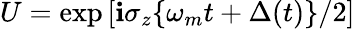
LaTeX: U=\exp\left[\mathbf{i}\sigma_{z}\{ \omega_{m}t+\Delta(t)\} /2\right]